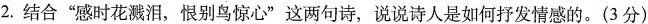
2. 结合“感时花溅泪，恨别鸟惊心”这两句诗，说说诗人是如何抒发情感的。(3分)